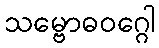
သမ္ဗောဓဝဂ္ဂေါ